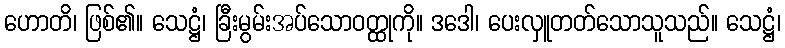
ဟောတိ၊ ဖြစ်၏။ သေဋ္ဌံ၊ ခြီးမွမ်းအပ်သောဝတ္ထုကို။ ဒဒေါ၊ ပေးလှူတတ်သောသူသည်။ သေဋ္ဌံ၊